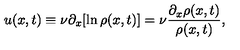
u ( x , t ) \equiv \nu \partial _ { x } [ \ln \rho ( x , t ) ] = \nu \frac { \partial _ { x } \rho ( x , t ) } { \rho ( x , t ) } ,